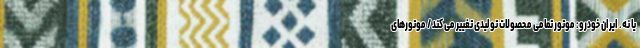
یا نه. ایران خودرو: موتور تمامی محصولات تولیدی تغییر می کند / موتورهای